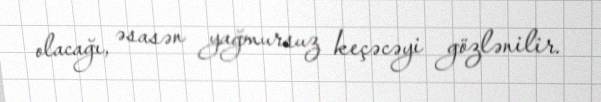
olacağı, əsasən yağmursuz keçəcəyi gözlənilir.